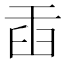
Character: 臿